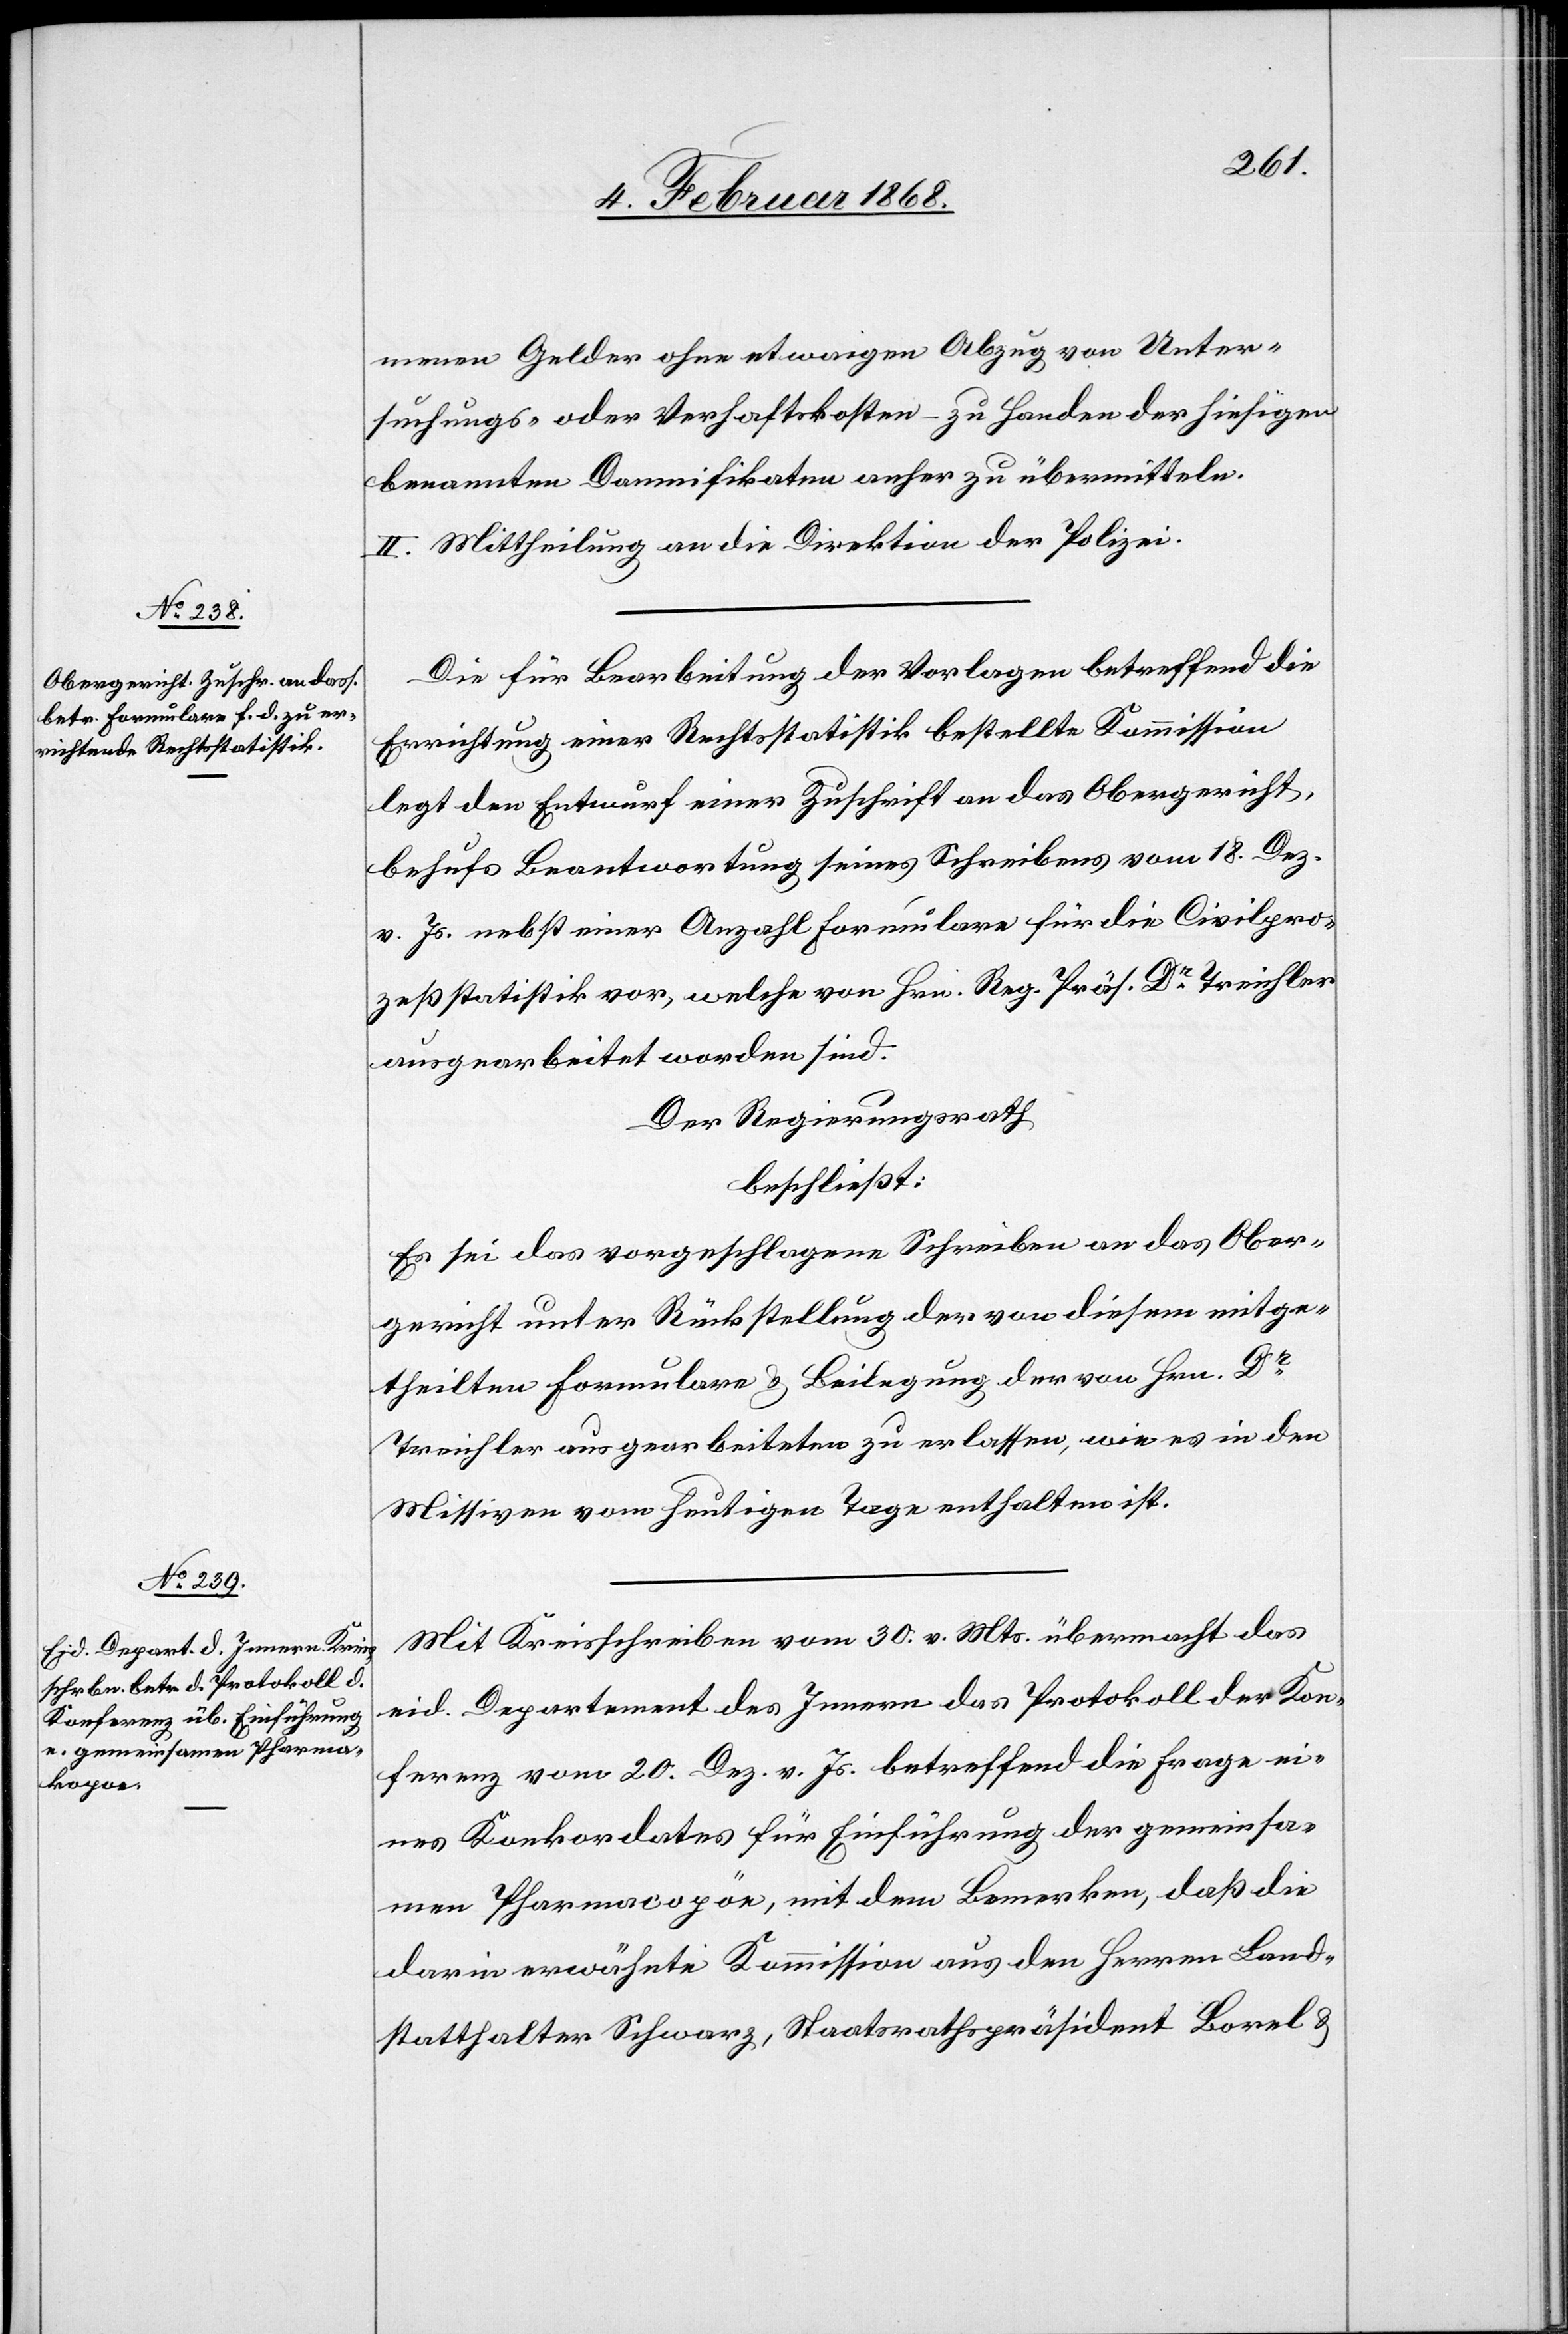
menen Gelder ohne etwaigen Abzug von Unter¬
suchungs- oder Verhaftskosten – zu Handen der hiesigen
benannten Damnifikaten anher zu übermitteln.
II. Mittheilung an die Direktion der Polizei.
Die für Bearbeitung der Vorlagen betreffend die
Errichtung einer Rechtsstatistik bestellte Kommission
legt den Entwurf einer Zuschrift an das Obergericht,
behufs Beantwortung seines Schreibens vom 18. Dez.
v. Js. nebst einer Anzahl Formulare für die Civilpro¬
zeßstatistik vor, welche von Hrn. Reg. Präs. Dr. Treichler
ausgearbeitet worden sind.
Der Regierungsrath
beschließt:
Es sei das vorgeschlagene Schreiben an das Ober¬
gericht unter Rückstellung der von diesem mitge¬
theilten Formulare & Beilegung der von Hrn. Dr.
Treichler ausgearbeiteten zu erlassen, wie es in den
Missiven vom heutigen Tage enthalten ist.
Mit Kreisschreiben vom 30. v. Mts. übermacht das
eid. Departement des Innern das Protokoll der Kon¬
ferenz vom 20. Dez. v. Js. betreffend die Frage ei¬
nes Konkordates für Einführung der gemeinsa¬
men Pharmacopöe, mit dem Bemerken, daß die
darin erwähnte Kommission aus den Herren Land¬
statthalter Schwarz, Staatsrathspräsident Borel &